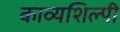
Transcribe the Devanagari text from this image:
काव्यशिल्पी